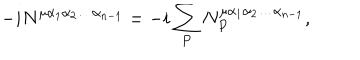
- i N ^ { \mu \alpha _ { 1 } \alpha _ { 2 } \ldots \alpha _ { n - 1 } } = - i \sum _ { P } N _ { P } ^ { \mu \alpha _ { 1 } \alpha _ { 2 } \ldots \alpha _ { n - 1 } } ,